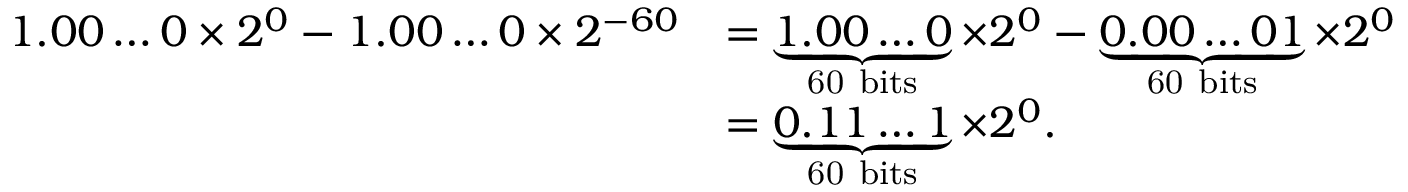
{ \begin{array} { r l } { 1 . 0 0 \ldots 0 \times 2 ^ { 0 } - 1 . 0 0 \ldots 0 \times 2 ^ { - 6 0 } } & { = \underbrace { 1 . 0 0 \ldots 0 } _ { \mathrm { 6 0 ~ b i t s } } \times 2 ^ { 0 } - \underbrace { 0 . 0 0 \ldots 0 1 } _ { \mathrm { 6 0 ~ b i t s } } \times 2 ^ { 0 } } \\ & { = \underbrace { 0 . 1 1 \ldots 1 } _ { \mathrm { 6 0 ~ b i t s } } \times 2 ^ { 0 } . } \end{array} }